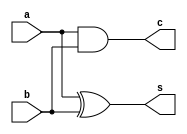
`timescale 1ns/1ps
module half_adder_dataflow (
  input a,    // Input 'a'
  input b,    // Input 'b'
  output s,   // Output 's' (Sum)
  output c    // Output 'c' (Carry)
);

  assign s = a ^ b;  // Dataflow expression for sum
  assign c = a & b;  // Dataflow expression for carry
endmodule